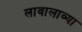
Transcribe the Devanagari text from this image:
लावालाव्या